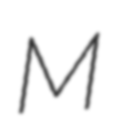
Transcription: M